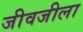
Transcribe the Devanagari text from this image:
जीवजीला